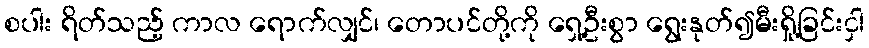
စပါး ရိတ်သည့် ကာလ ရောက်လျှင်၊ တောပင်တို့ကို ရှေ့ဦးစွာ ရွေးနုတ်၍မီးရှို့ခြင်းငှါ